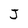
Character: J